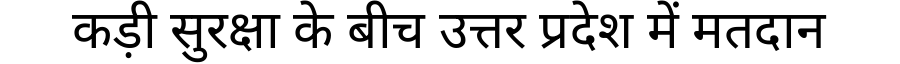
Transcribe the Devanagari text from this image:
कड़ी सुरक्षा के बीच उत्तर प्रदेश में मतदान